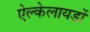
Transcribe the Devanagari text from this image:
ऐल्केलायडों